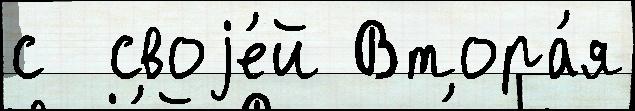
с  своjе́й Втора́я